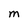
Character: M